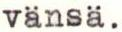
vänsä.